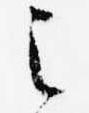
之